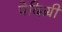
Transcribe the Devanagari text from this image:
पेदिग्री